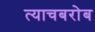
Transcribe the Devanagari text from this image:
त्याचबरोब